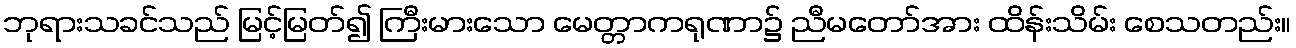
ဘုရားသခင်သည် မြင့်မြတ်၍ ကြီးမားသော မေတ္တာကရုဏာ၌ ညီမတော်အား ထိန်းသိမ်း စေသတည်း။